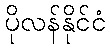
ပိုလန်နိုင်ငံ